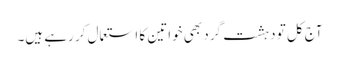
آج کل تو دہشت گرد بھی خواتین کا استعمال کر رہے ہیں۔